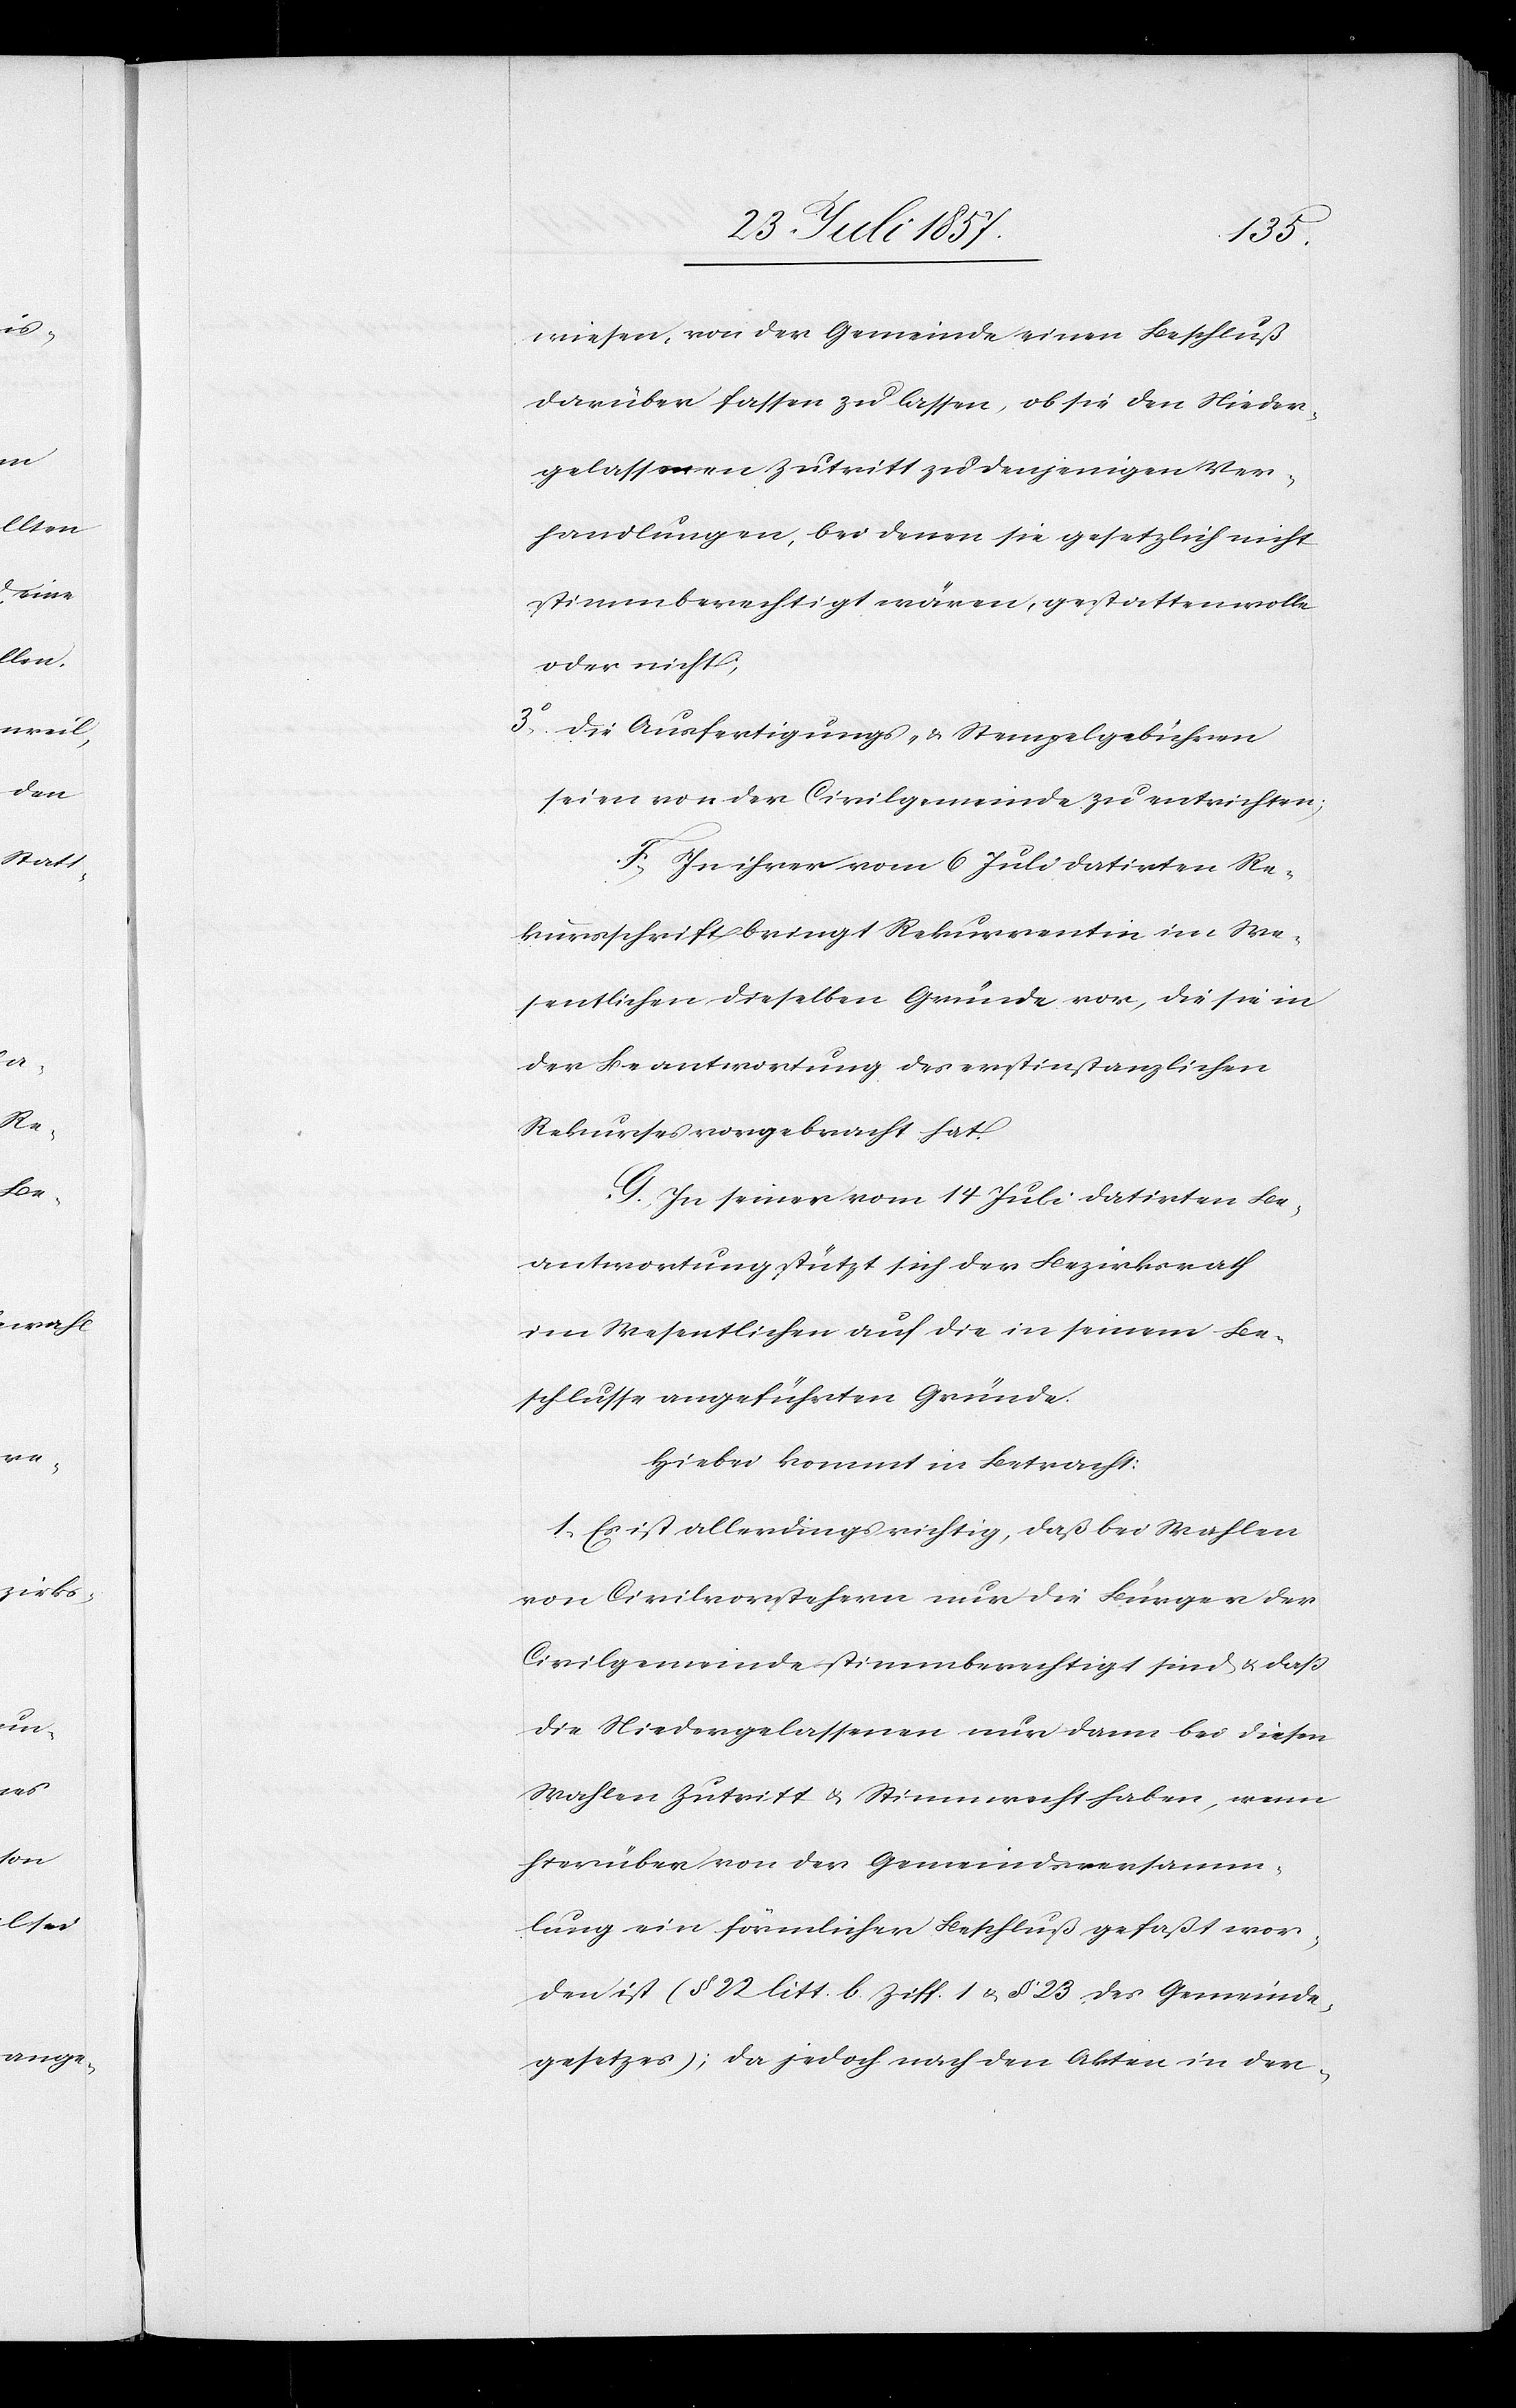
wiesen, von der Gemeinde einen Beschluß
darüber fassen zu lassen, ob sie den Nieder¬
gelassenen Zutritt zu denjenigen Ver¬
handlungen, bei denen sie gesetzlich nicht
stimmberechtigt wären, gestatten wolle
oder nicht;
3. die Ausfertigungs- & Stempelgebühren
seien von der Civilgemeinde zu entrichten;
F. In ihrer vom 6 Juli datirten Re¬
kursschrift bringt Rekurrentin im We¬
sentlichen dieselben Gründe vor, die sie in
der Beantwortung des erstinstanzlichen
Rekurses vorgebracht hat.
G. In seiner vom 14 Juli datirten Be¬
antwortung stützt sich der Bezirksrath
im Wesentlichen auf die in seinem Be¬
schlusse angeführten Gründe.
Hiebei kommt in Betracht:
1. Es ist allerdings richtig, daß bei Wahlen
von Civilvorstehern nur die Bürger der
Civilgemeinde stimmberechtigt sind & daß
die Niedergelassenen nur dann bei diesen
Wahlen Zutritt & Stimmrecht haben, wenn
hierüber von der Gemeindsversamm¬
lung ein förmlicher Beschluß gefaßt wor¬
den ist (§ 22 litt. b Ziff. 1 & § 23 des Gemeinde¬
gesetzes); da jedoch nach den Akten in der